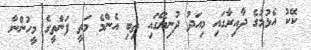
ކޭކު އެޅުމުގެ ދާއިރާގައި މިއަދު ދުނިޔޭގައި ތިބި އެންމެ މަތީ ފަންތީގެ މީހުންނާ